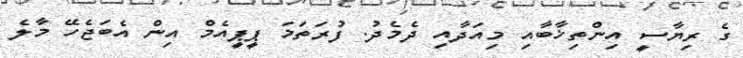
ގެ ރިޔާސީ އިންތިޚާބާއި މިއަދާއި ދެމެދު. ފުރަތަމަ ޕީޕީއެމް އިން އެބަޖެހޭ މާލެ